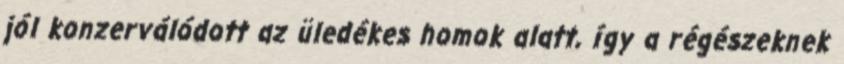
jól konzerválódott az üledékes homok alatt, így a régészeknek